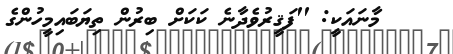
މާނައަކީ: ''ފަޤީރުވެދާނެ ކަކަށް ބިރުން ތިޔަބައިމީހުންގެ